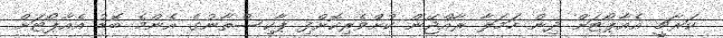
ކަރާޗީ އެއާޕޯޓަށް ދިން ހަމަލާ ރާއްޖޭން ކުށްވެރިކޮށްފި ޕާކިސްތާނުގެ އެންމެ ބޮޑު އެއާޕޯޓަށް